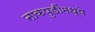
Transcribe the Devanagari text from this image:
नाकपुडींमध्ये